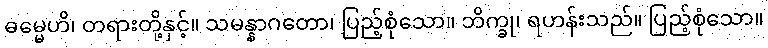
ဓမ္မေဟိ၊ တရားတို့နှင့်။ သမန္နာဂတော၊ ပြည့်စုံသော။ ဘိက္ခု၊ ရဟန်းသည်။ ပြည့်စုံသော။